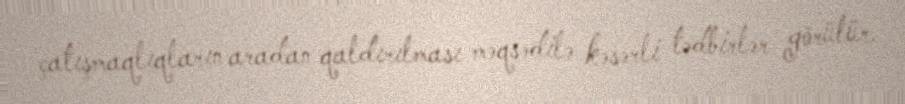
çatışmaqlıqların aradan qaldırılması məqsədilə kəsərli tədbirlər görülür.